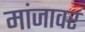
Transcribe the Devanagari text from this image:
मांजावर